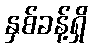
နှစ်ခန့်ရှိ